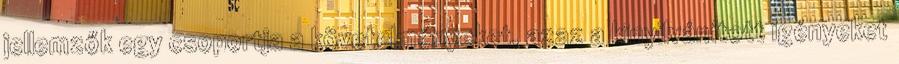
jellemzők egy csoportja a követelményeket, azaz a kinyilvánított igényeket